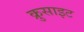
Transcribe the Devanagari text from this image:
क्रुसाइट